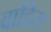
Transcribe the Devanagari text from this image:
वाहिस